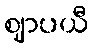
ဈာပယီ